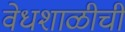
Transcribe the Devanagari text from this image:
वेधशाळीची